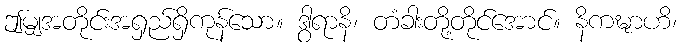
ဤမျှအတိုင်းအရှည်ရှိကုန်သော။ ဒွါရာနိ၊ တံခါးတို့တိုင်အောင်။ နိကဍ္ဎာဟိ၊